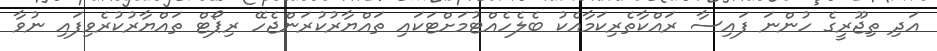
އަދި ތިޖޫރީގެ ހުންނަ ފައިސާ ރައްކާތެރިކަމާއެކު ބެލެހެއްޓުމަށްޓަކައި ތައްޔާރުކުރަންޖެހޭ ރިޕޯޓް ތައްޔާރުކުރެވިފައި ނުވާ